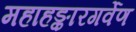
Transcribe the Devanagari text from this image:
महाहङ्कारगर्वेण